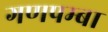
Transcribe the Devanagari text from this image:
गणपम्बा